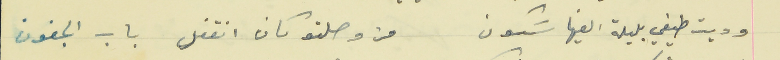
وديت طيفي بليلة الفيها سَكون                            من وصلتو كان انقفل باب الجفون